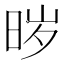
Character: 𱢁